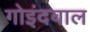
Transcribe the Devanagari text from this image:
गोइंदवाल